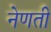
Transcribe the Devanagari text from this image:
नेणती